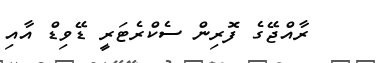
ރާއްޖޭގެ ފޮރިން ސެކްރެޓަރީ ޑޭވިޑް އާއި